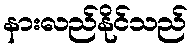
နားလည်နိုင်သည်